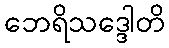
ဘေရိသဒ္ဒေါတိ